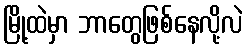
မြို့ထဲမှာ ဘာတွေဖြစ်နေလို့လဲ